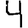
Digit: 4